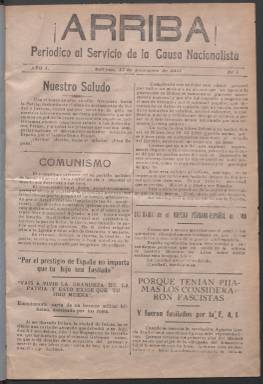
Título: ¡Arriba! (Sullana)
Colección: Periódicos || Guerra civil
Ámbito geográfico: Perú
Lugar de publicación: Sullana [Perú]
Fechas: 15/09/1937-01/07/1938